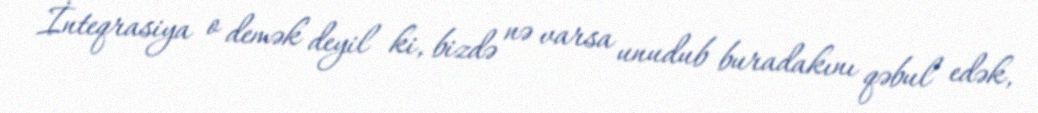
İnteqrasiya o demək deyil ki, bizdə nə varsa unudub buradakını qəbul edək,